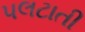
પલટાતી